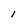
Character: 1